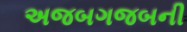
અજબગજબની